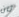
ثان